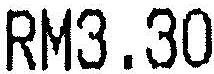
RM3.30